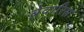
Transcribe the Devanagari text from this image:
ब्रेवारिस